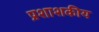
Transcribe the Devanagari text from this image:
प्रशाशकीय